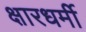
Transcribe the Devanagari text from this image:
क्षारधर्मी